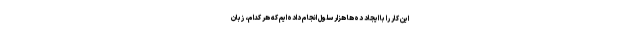
این کار را با ایجاد ده‌ها هزار سلول انجام داده‌ایم که هر کدام، زبان